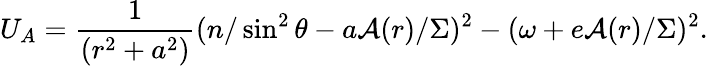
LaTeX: U_{A}=\frac 1{(r^{2}+a^{2})}(n/\sin^{2}\theta-a{\cal A}(r)/\Sigma)^{2}-(\omega+e{\cal A}(r)/\Sigma)^{2}.